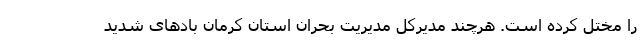
را مختل کرده است. هرچند مدیرکل مدیریت بحران استان کرمان بادهای شدید